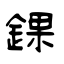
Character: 錁